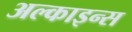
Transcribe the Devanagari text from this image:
अल्काइन्स